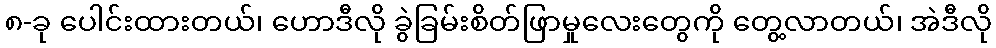
၈-ခု ပေါင်းထားတယ်၊ ဟောဒီလို ခွဲခြမ်းစိတ်ဖြာမှုလေးတွေကို တွေ့လာတယ်၊ အဲဒီလို